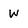
Character: w